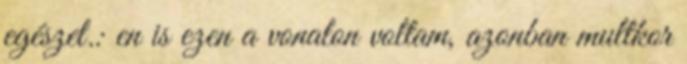
egészet.: en is ezen a vonalon voltam, azonban multkor